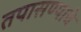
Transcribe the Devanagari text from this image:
तपासण्याचे